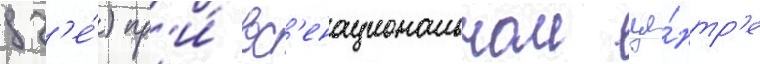
дз'е́) пр'и́ вс'енациональном це́нтр'е